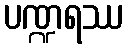
ပဏ္ဍရဿ